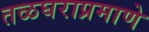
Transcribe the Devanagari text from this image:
तळघराप्रमाणे